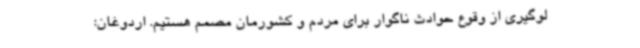
لوگیری از وقوع حوادث ناگوار برای مردم و کشورمان مصمم هستیم. اردوغان: